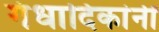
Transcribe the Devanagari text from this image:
गंधादिकांनीं